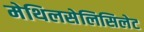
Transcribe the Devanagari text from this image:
मेथिलसेलिसिलेट